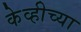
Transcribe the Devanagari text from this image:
केव्हीच्या